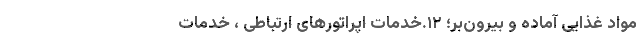
مواد غذایی آماده و بیرون‌بر؛ ۱۲.خدمات اپراتورهای ارتباطی ، خدمات